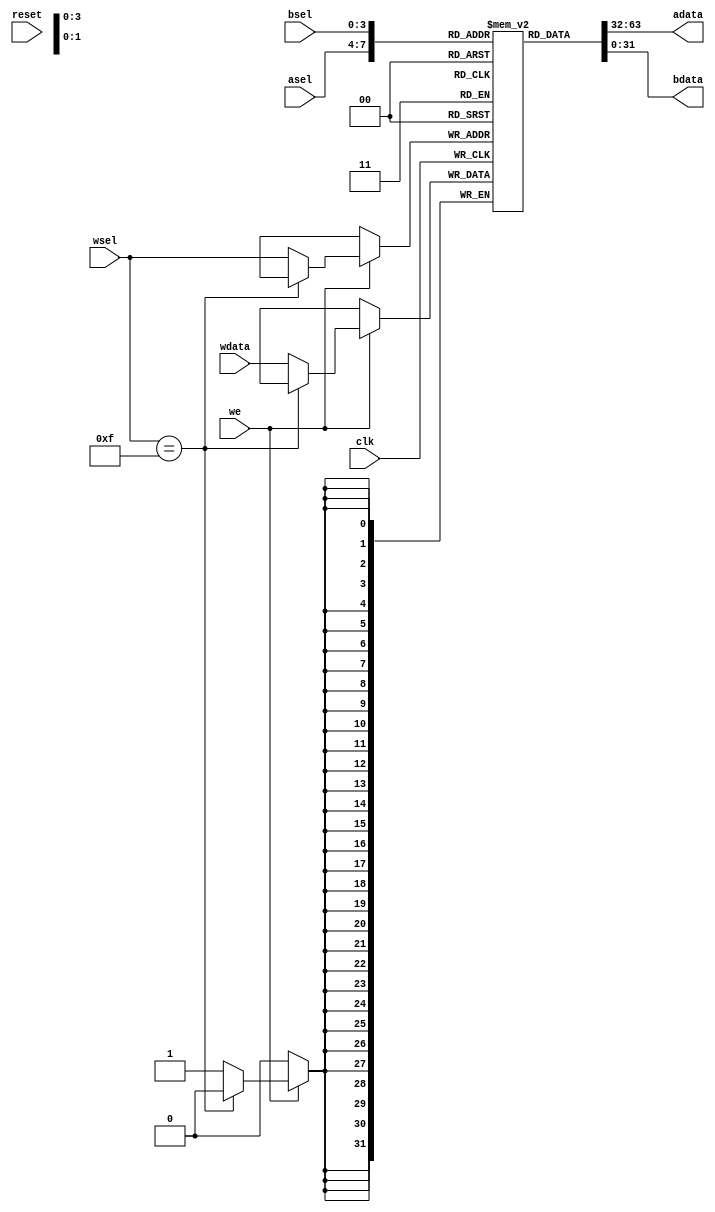
// Dual-reader / Single-writer Register File
//
// Copyright 2009, Brian Swetland.  Use at your own risk.

`timescale 1ns/1ns

module regfile (
	input reset,
	input clk, input we,
	input [3:0] wsel, input [31:0] wdata,
	input [3:0] asel, output [31:0] adata,
	input [3:0] bsel, output [31:0] bdata
	);

reg [31:0] R[0:15];

initial
	R[4'b1111] = 32'b0;

always @ (posedge clk) begin
	if (we)
		case(wsel)
		4'b1111: ;
		default: R[wsel] <= wdata;
		endcase
//	R[4'b1111] <= 32'b0;
end

assign adata = R[asel];
assign bdata = R[bsel];
   
endmodule